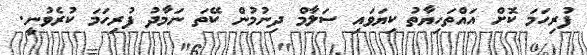
ފުރިހަމަ ކޮށް އައްތަހިޔާތު ކިޔަވައި ސަލާމް ދިނުމުން ކޭތަ ނަމާދު ފުރިހަމަ ކުރެވުނީ.